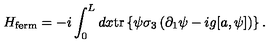
H _ { \mathrm { f e r m } } = - i \int _ { 0 } ^ { L } d x \mathrm { t r } \left\{ \psi \sigma _ { 3 } \left( \partial _ { 1 } \psi - i g [ a , \psi ] \right) \right\} .